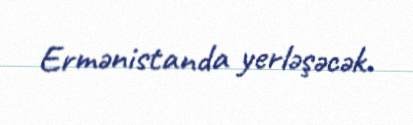
Ermənistanda yerləşəcək.